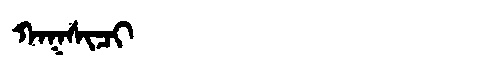
Manchu: ᡴᠠᡴᠰᡳᠴᡳ
Romanization: KAKSICI